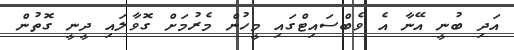
އަދި ބުނީ އޭނާ އެ ވެބްސައިޓްގައި މީހުން މެރުމަށް ގޮވާލައި ދީނީ ގޮތުން